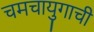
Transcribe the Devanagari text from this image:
चमचायुगाची